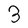
Character: 3